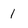
Character: 1